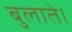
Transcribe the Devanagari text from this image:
बुलाते।